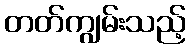
တတ်ကျွမ်းသည့်